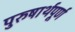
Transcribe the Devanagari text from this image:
पुरुषार्थपूर्ण